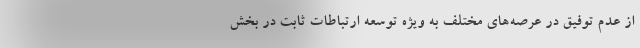
از عدم توفیق در عرصه‌های مختلف به ویژه توسعه ارتباطات ثابت در بخش